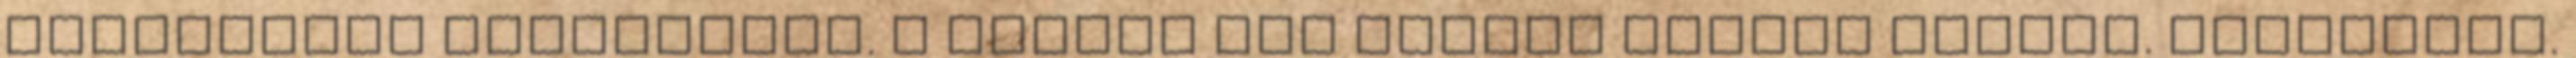
társadalmi hálózatban. A gombok egy kicsit lejebb vannak. Köszönjük.